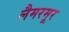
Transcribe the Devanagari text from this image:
लैमरमूर